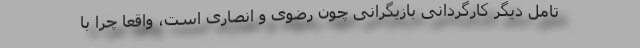
تامل دیگر کارگردانی بازیگرانی چون رضوی و انصاری است، واقعا چرا با